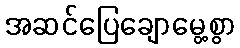
အဆင်ပြေချောမွေ့စွာ